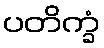
ပတိက္ခံ